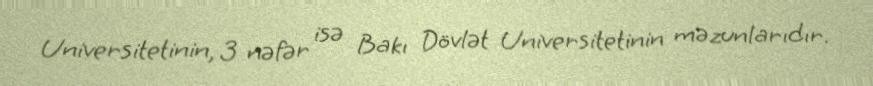
Universitetinin, 3 nəfər isə Bakı Dövlət Universitetinin məzunlarıdır.